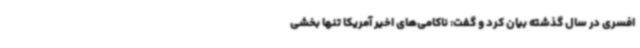
افسری در سال گذشته بیان کرد و گفت: ناکامی‌های اخیر آمریکا تنها بخشی